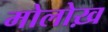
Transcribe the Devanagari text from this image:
मोलोख़